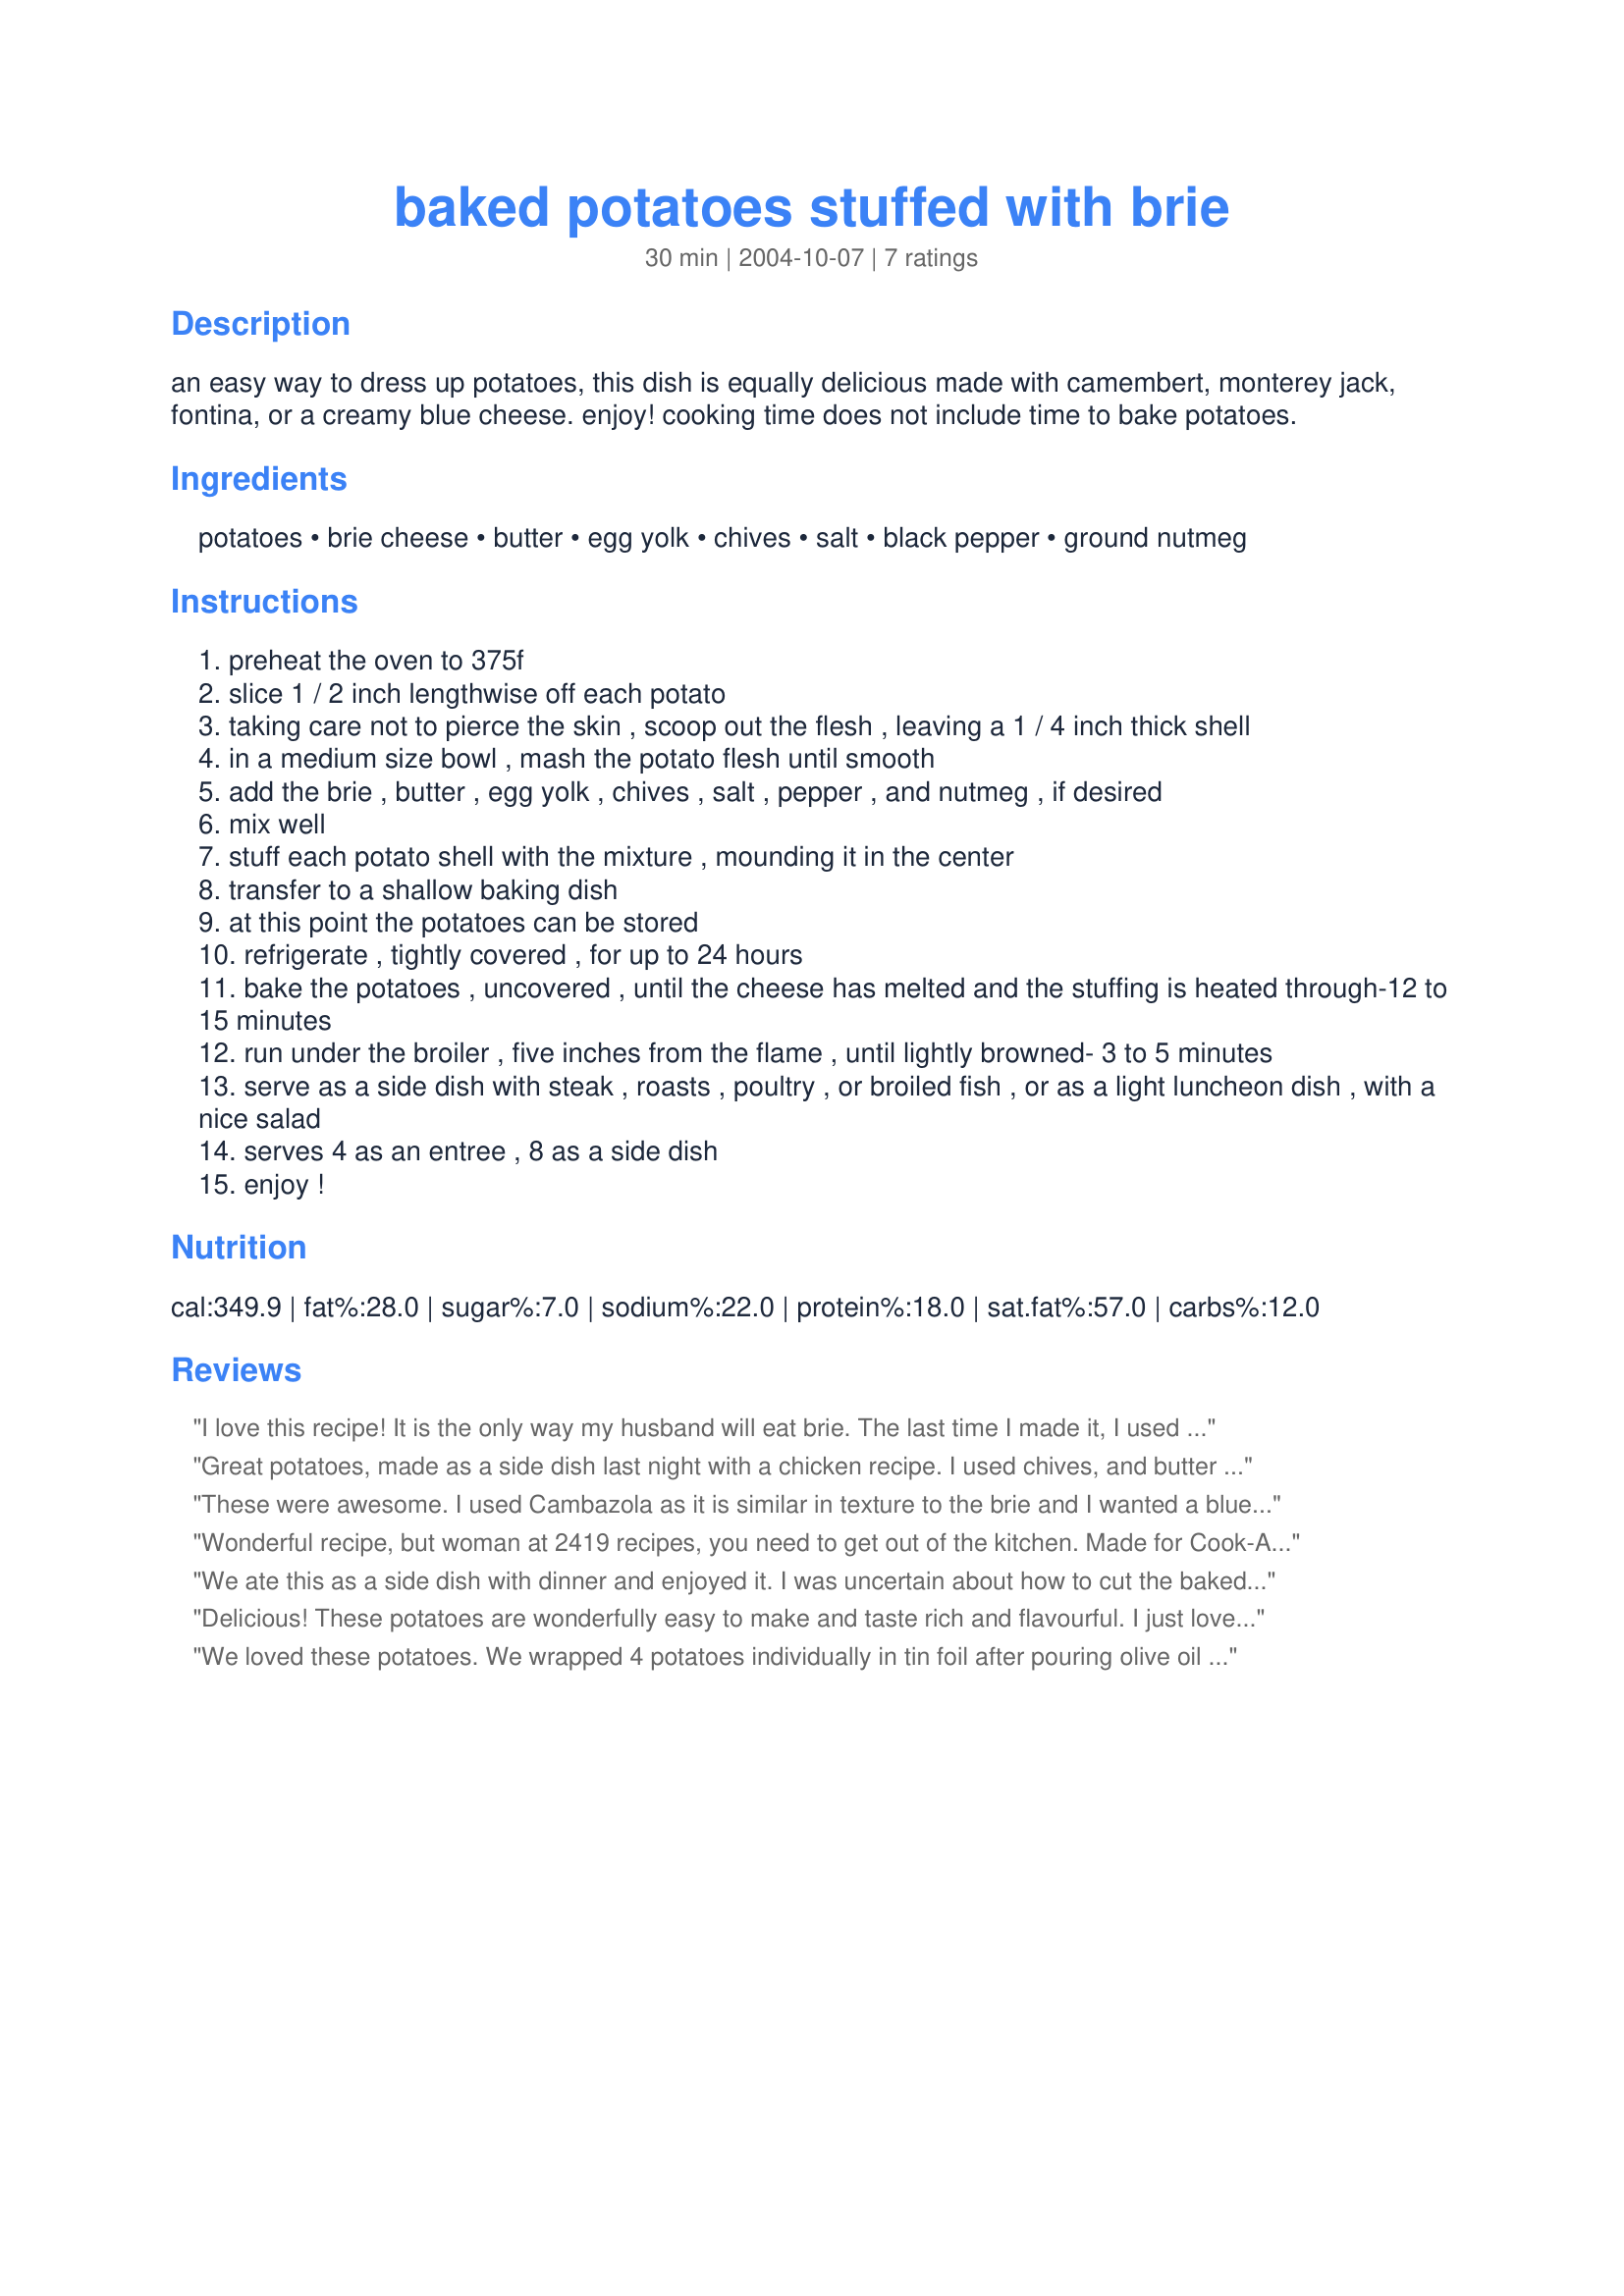
baked potatoes stuffed with brie
Preparation time: 30 minutes

an easy way to dress up potatoes, this dish is equally delicious made with camembert, monterey jack, fontina, or a creamy blue cheese. enjoy! cooking time does not include time to bake potatoes.

Ingredients:
potatoes, brie cheese, butter, egg yolk, chives, salt, black pepper, ground nutmeg

Steps:
preheat the oven to 375f
slice 1 / 2 inch lengthwise off each potato
taking care not to pierce the skin , scoop out the flesh , leaving a 1 / 4 inch thick shell
in a medium size bowl , mash the potato flesh until smooth
add the brie , butter , egg yolk , chives , salt , pepper , and nutmeg , if desired
mix well
stuff each potato shell with the mixture , mounding it in the center
transfer to a shallow baking dish
at this point the potatoes can be stored
refrigerate , tightly covered , for up to 24 hours
bake the potatoes , uncovered , until the cheese has melted and the stuffing is heated through-12 to 15 minutes
run under the broiler , five inches from the flame , until lightly browned- 3 to 5 minutes
serve as a side dish with steak , roasts , poultry , or broiled fish , or as a light luncheon dish , with a nice salad
serves 4 as an entree , 8 as a side dish
enjoy !

Reviews:
I love this recipe! It is the only way my husband will eat brie. The last time I made it, I used a combination of brie and fontina, and I sprinkled Parmesan on half of them before I baked them. Both types turned out very good. Thank you for this recipe.
Great potatoes, made as a side dish last night with a chicken recipe. I used chives, and butter with a chicken dish . Made for PRMR tag.,
These were awesome. I used Cambazola as it is similar in texture to the brie and I wanted a blue chese flavour. I served it with roasted beef tenderloin. fabulous dinner. Thanks for the great recipe
Wonderful recipe, but woman at 2419 recipes, you need to get out of the kitchen. Made for Cook-A-Thon for Sharon123.
We ate this as a side dish with dinner and enjoyed it. I was uncertain about how to cut the baked potato. The directions sounded like you were to stuff the whole potato with the skin all around it - but I didn't understand why you would brown a whole potato. So, I cut each baked potato in half lengthwise and then restuffed them like a twice baked potato. Everyone was served half a potato. I enjoyed the Brie cheese in them - it was a very mild flavor. Thanks for a good recipe.
Delicious! These potatoes are wonderfully easy to make and taste rich and flavourful. I just love brie and potatoes so this was a great pick for me. Made for Best of 2011. Thanks Sharon123! :)
We loved these potatoes. We wrapped 4 potatoes individually in tin foil after pouring olive oil on them and adding a little sea salt. Baked @ 375 for an hour and cut a oval hole into the potato, used a tablespoon to pull out all the guts, added to the brie mix and stuffed the skins and baked again for about 20 minutes. Perfect! We added a little bit of triple cheddar mix to the top for color and to give it more of a cheesy taste.
